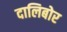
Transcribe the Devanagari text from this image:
दालिबोर